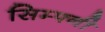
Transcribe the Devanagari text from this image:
सिम्फ्नी